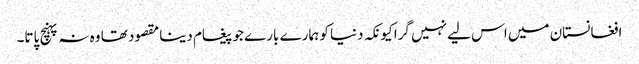
افغانستان میں اس لیے نہیں گرا کیونکہ دنیا کو ہمارے بارے جو پیغام دینا مقصود تھا وہ نہ پہنچ پاتا۔